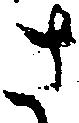
さ